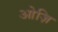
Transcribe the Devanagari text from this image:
ओज़ि